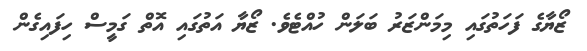
ޒޯޔާގެ ފަހަތުގައި މިމަންޒަރު ބަލަން ހުއްޓެވެ. ޒޯޔާ އަތުގައި އޮތް ގަމީސް ހިފައިގެން